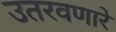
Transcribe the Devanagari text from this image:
उतरवणारे